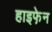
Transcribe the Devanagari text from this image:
हाइफे़न